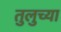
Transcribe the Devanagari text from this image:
तुलुच्या